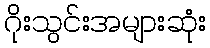
ဂိုးသွင်းအများဆုံး